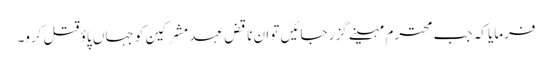
فرمایا کہ جب محترم مہینے گزر جائیں تو ان ناقض عہد مشرکین کو جہاں پاؤ قتل کرو۔